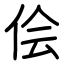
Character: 侩